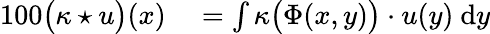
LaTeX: \begin{array}{rl}{{100}\bigl(\kappa\star u\bigr)(x)}&{{}=\int\kappa\bigl(\Phi(x,y)\bigr)\cdot u(y)\ \mathrm dy}\end{array}